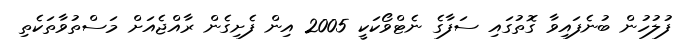
ފުލުހުން ބުނެފައިވާ ގޮތުގައި ސަފާގެ ނެޓްވޯކަކީ 2005 އިން ފެށިގެން ރާއްޖެއަށް މަސްތުވާތަކެތި